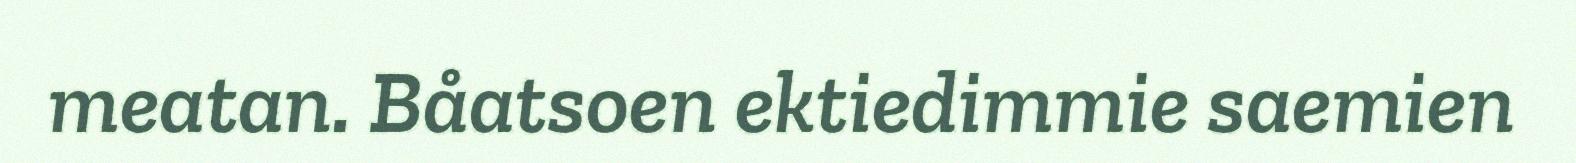
meatan. Båatsoen ektiedimmie saemien